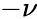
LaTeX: -\nu